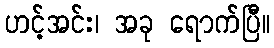
ဟင့်အင်း၊ အခု ရောက်ပြီ။